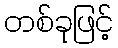
တစ်ခုဖြင့်